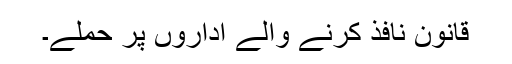
قانون نافذ کرنے والے اداروں پر حملے۔